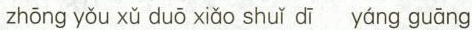
zhōng yǒu xǔ duō xiǎo shuǐ dī yáng guāng